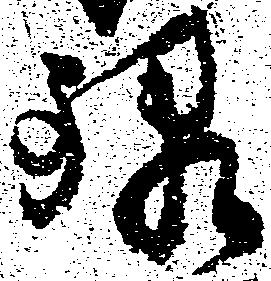
禄